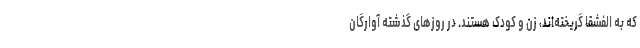
که به الفشقا گریخته‌اند، زن و کودک هستند. در روزهای گذشته آوارگان